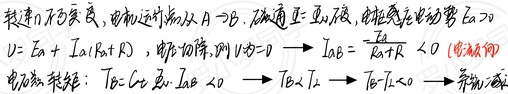
转速 \(n\) 为负反馈，电机运行点从 \(A \to B\)，磁通 \(\varPhi\) 不变，电枢反电动势 \(E_a > 0\)。
\(U = E_a + I_a(R_a + R)\)，电源倒灌，则 \(U = 0 \longrightarrow I_{aB}=-\frac{E_a}{R_a + R}<0\)（电流反向）。
电磁转矩 \(T_{e}=C_T \varPhi I_{aB}<0\longrightarrow T_{e}<T_L\longrightarrow T_{e}-T_L<0\longrightarrow \text{系统减速}\)